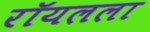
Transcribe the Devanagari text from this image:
रॉयलला